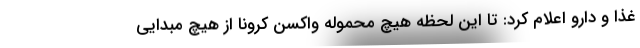
غذا و دارو اعلام کرد: تا این لحظه هیچ محموله واکسن کرونا از هیچ مبدایی